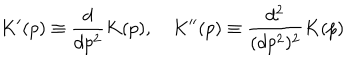
LaTeX: K ^ { \prime } ( p ) \equiv \frac { d } { d p ^ { 2 } } K ( p ) , \quad K ^ { \prime \prime } ( p ) \equiv \frac { d ^ { 2 } } { ( d p ^ { 2 } ) ^ { 2 } } K ( p )